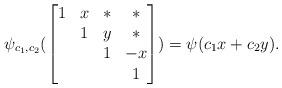
LaTeX: \begin{align*} \psi_{c_1,c_2}(\begin{bmatrix}1&x&*&*\\&1&y&*\\&&1&-x\\&&&1\end{bmatrix})=\psi(c_1x+c_2y).\end{align*}